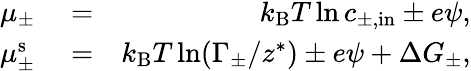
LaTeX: \begin{array}{rlr}{\mu_{\pm}}&{{}=}&{k_{\mathrm{B}}T\ln c_{\pm,\mathrm{in}}\pm e\psi,}\\ {\mu_{\pm}^{\mathrm{s}}}&{{}=}&{k_{\mathrm{B}}T\ln(\Gamma_{\pm}/z^{*})\pm e\psi+\Delta G_{\pm},}\end{array}